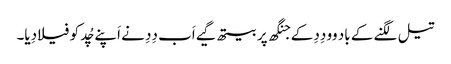
تیل لگنے کے باد وو دِدِ کے جنگھ پر بیتھ گیے اَب دِدِ نے اَپنے چُد کو فیلا دِیا۔